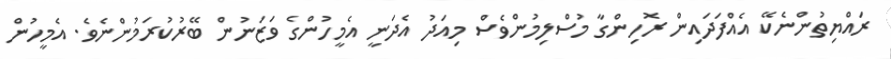
ރައްޔިތުންނެކޭ އެއްފަދައިން ރޮހިންގާ މުސްލިމުންވެސް މިއަދު އެދަނީ އެމީހުންގެ ވަޒަނުން ބޭރުކުރަމުންނެވެ. އެމީހުން